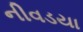
નીવડયા